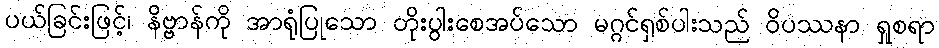
ပယ်ခြင်းဖြင့်၊ နိဗ္ဗာန်ကို အာရုံပြုသော တိုးပွါးစေအပ်သော မဂ္ဂင်ရှစ်ပါးသည် ဝိပဿနာ ရှုစရာ